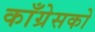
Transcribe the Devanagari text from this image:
काँग्रेसको